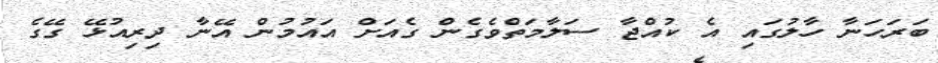
ބަރަހަނާ ހާލުގައި އެ ކުއްޖާ ސަލާމަތްވެގެން ގެއަށް އައުމުން އޭނާ ދިރިއުޅޭ ގޭގެ